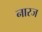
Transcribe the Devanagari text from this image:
नारज